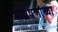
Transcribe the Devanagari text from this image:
संप्रेषणाच्या